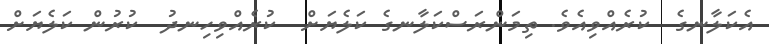
އެކަލާނގެ  ކުރެއްވިއެވެ. ތިމަންރަސްކަލާނގެ ކަލެޔަށް  ކުރެއްވިހިނދު  ކުރުން ކަލެޔަށް